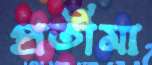
প্রতীমা